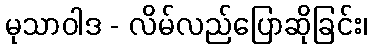
မုသာဝါဒ - လိမ်လည်ပြောဆိုခြင်း၊